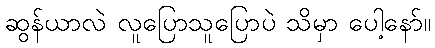
ဆွန်ယာလဲ လူပြောသူပြောပဲ သိမှာ ပေါ့နော်။